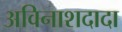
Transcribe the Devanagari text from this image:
अविनाशदादा